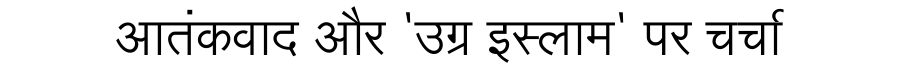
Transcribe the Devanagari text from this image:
आतंकवाद और 'उग्र इस्लाम' पर चर्चा